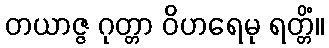
တယာဇ္ဇ ဂုတ္တာ ဝိဟရေမု ရတ္တိံ။